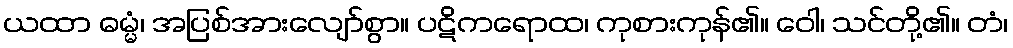
ယထာ ဓမ္မံ၊ အပြစ်အားလျော်စွာ။ ပဋိကရောထ၊ ကုစားကုန်၏။ ဝေါ၊ သင်တို့၏။ တံ၊